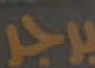
برجر